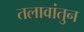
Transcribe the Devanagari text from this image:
तलावांतुन